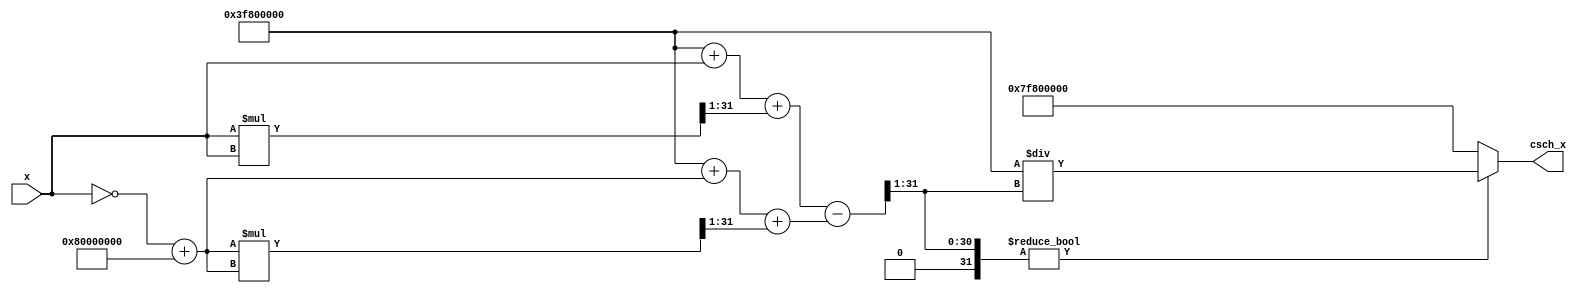
module csch (
    input wire [31:0] x,      // Input signal x (floating-point representation)
    output wire [31:0] csch_x // Output signal for the computed csch(x)
);

wire [31:0] exp_x;             // e^x
wire [31:0] exp_neg_x;         // e^(-x)
wire [31:0] sinh_x;            // sinh(x)
wire [31:0] sinh_x_inv;        // inverse of sinh(x)

function [31:0] exp_approx;
    input [31:0] x;
    begin
        // Simplified Taylor Series approximation for e^x
        // e^x  1 + x + x^2/2!
        // Truncating for simplicity
        exp_approx = 32'h3F800000 + x + (x * x >> 1); // 1 in float -> 32'h3F800000
    end
endfunction

// Compute e^x and e^(-x)
assign exp_x = exp_approx(x);
assign exp_neg_x = exp_approx(~x + 32'h80000000); // Negating x for e^(-x)

// Compute sinh(x)
assign sinh_x = (exp_x - exp_neg_x) >> 1; // sinh(x) = (e^x - e^(-x)) / 2

// Compute reciprocal of sinh(x)
assign sinh_x_inv = (sinh_x != 32'h00000000) ? (32'h3F800000 / sinh_x) : 32'h7F800000; // Division by zero handling

// Handle the output
assign csch_x = sinh_x_inv; // csch(x) = 1/sinh(x)

endmodule